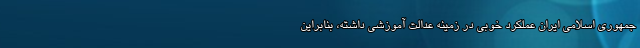
جمهوری اسلامی ایران عملکرد خوبی در زمینه عدالت آموزشی داشته، بنابراین